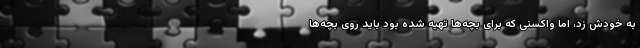
به خودش زد، اما واکسنی که برای بچه‌ها تهیه شده بود باید روی بچه‌ها